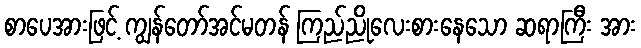
စာပေအားဖြင့် ကျွန်တော်အင်မတန် ကြည်ညိုလေးစားနေသော ဆရာကြီး အား